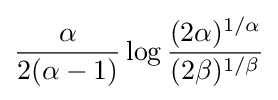
{\frac {\alpha }{2(\alpha -1)}}\log {\frac {(2\alpha )^{1/\alpha }}{(2\beta )^{1/\beta }}}